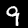
Label: 9